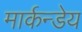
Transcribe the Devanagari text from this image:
मार्कन्डेय